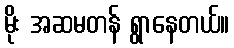
မိုး အဆမတန် ရွာနေတယ်။